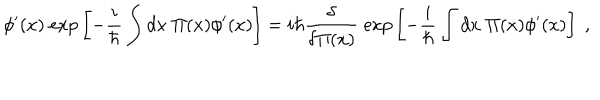
LaTeX: \phi ^ { \prime } ( x ) \; \mathrm { e x p } \left[ - { \frac { i } { \hbar } } \int d x \; \Pi ( x ) \phi ^ { \prime } ( x ) \right] = i \hbar { \frac { \delta } { \delta \Pi ( x ) } } \; \mathrm { e x p } \left[ - { \frac { i } { \hbar } } \int d x \; \Pi ( x ) \phi ^ { \prime } ( x ) \right] \; ,